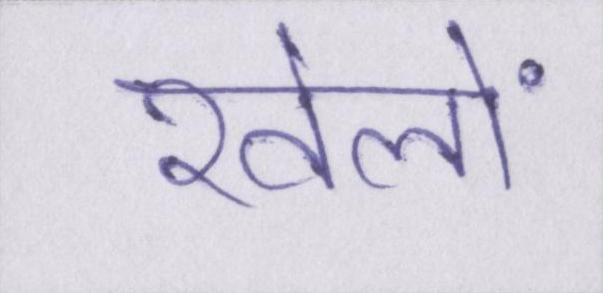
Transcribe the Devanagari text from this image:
खेलों